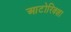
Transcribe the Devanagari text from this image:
आटोरिक्शा